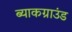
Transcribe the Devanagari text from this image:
ब्याकग्राउंड